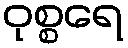
ဝုစ္စရေ